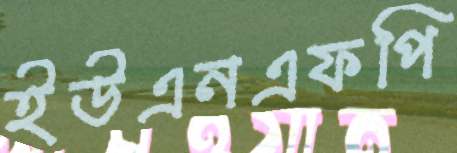
ইউএনএফপি